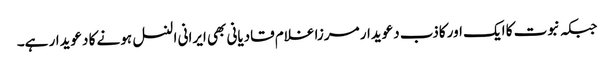
جبکہ نبوت کا ایک اور کاذب دعویدار مرزا غلام قادیانی بھی ایرانی النسل ہونے کا دعویدار ہے۔